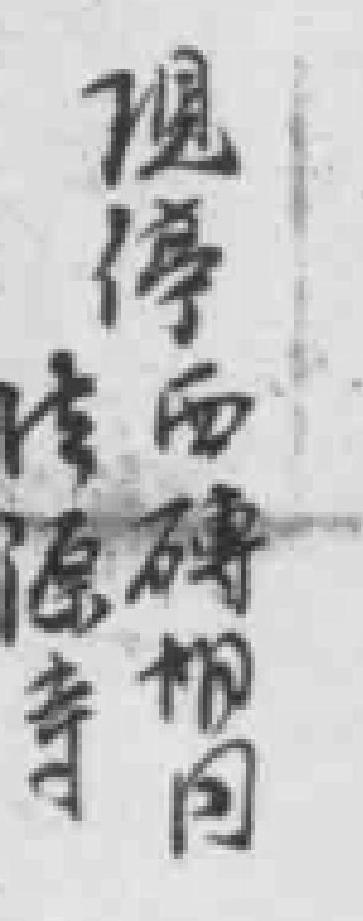
瑰停西磚朔同